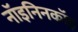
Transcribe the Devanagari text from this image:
नॉइनिनकॉइ